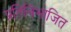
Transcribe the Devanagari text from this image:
प्रतिविभाजित